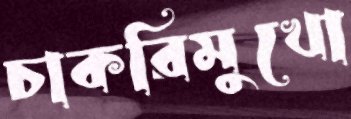
চাকরিমুখো